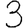
Digit: 3